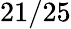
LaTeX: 21/25